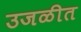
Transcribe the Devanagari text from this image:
उजळीत